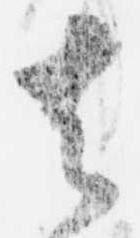
其